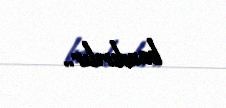
basdırılır..